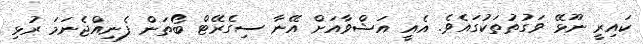
ކައިރީ ނޫޅޭ ވަގުތުތަކުގައެވެ. އެއީ އަޝްވާއަށް އޭނާ ސިގެރޭޓް ބޯތަން ފެނިއްޖެނަމަ ރުޅި